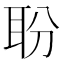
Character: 聁